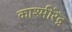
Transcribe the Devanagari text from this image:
काश्मीरेंद्र